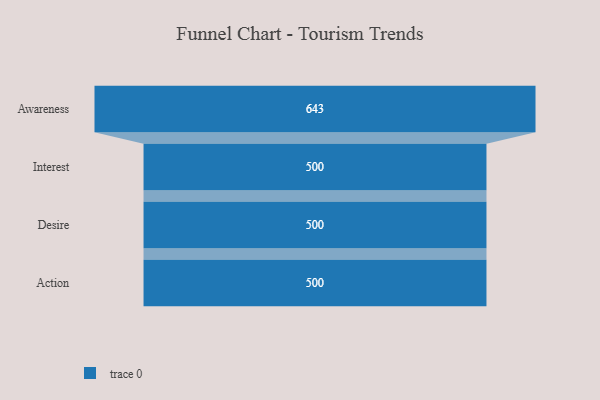
{"axis": {"x": "Stage", "y": "Value"}, "legend": [""], "data": [{"x": "Awareness", "y": 643.0, "type": ""}, {"x": "Interest", "y": 500, "type": ""}, {"x": "Desire", "y": 500, "type": ""}, {"x": "Action", "y": 500, "type": ""}]}